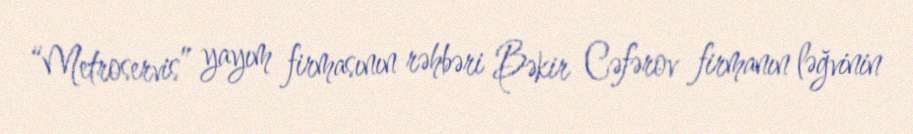
“Metroservis” yayım firmasının rəhbəri Bəkir Cəfərov firmanın ləğvinin